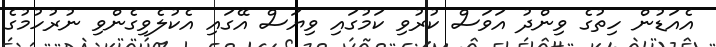
އެއަޑުން ހިތުގެ ވިންދު އަވަސް ކުރުވި ކަމުގައި ވިޔަސް އޭގައި އެކުލެވިގެންވި ނުރުހުމުގެ